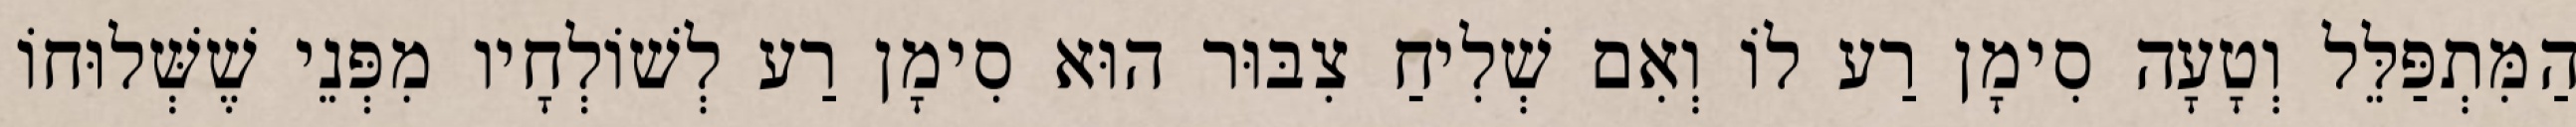
הַמִּתְפַּלֵּל וְטָעָה סִימָן רַע לוֹ וְאִם שְׁלִיחַ צִבּוּר הוּא סִימָן רַע לְשׁוֹלְחָיו מִפְּנֵי שֶׁשְּׁלוּחוֹ